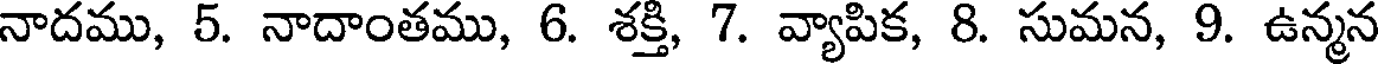
నాదము, 5. నాదాంతము, 6. శక్తి, 7. వ్యాపిక, 8. సుమన, 9. ఉన్మన